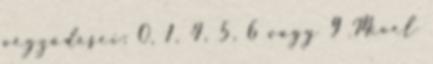
végződései: 0, 1, 4, 5, 6 vagy 9 Mivel